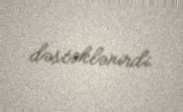
dəstəklənirdi.